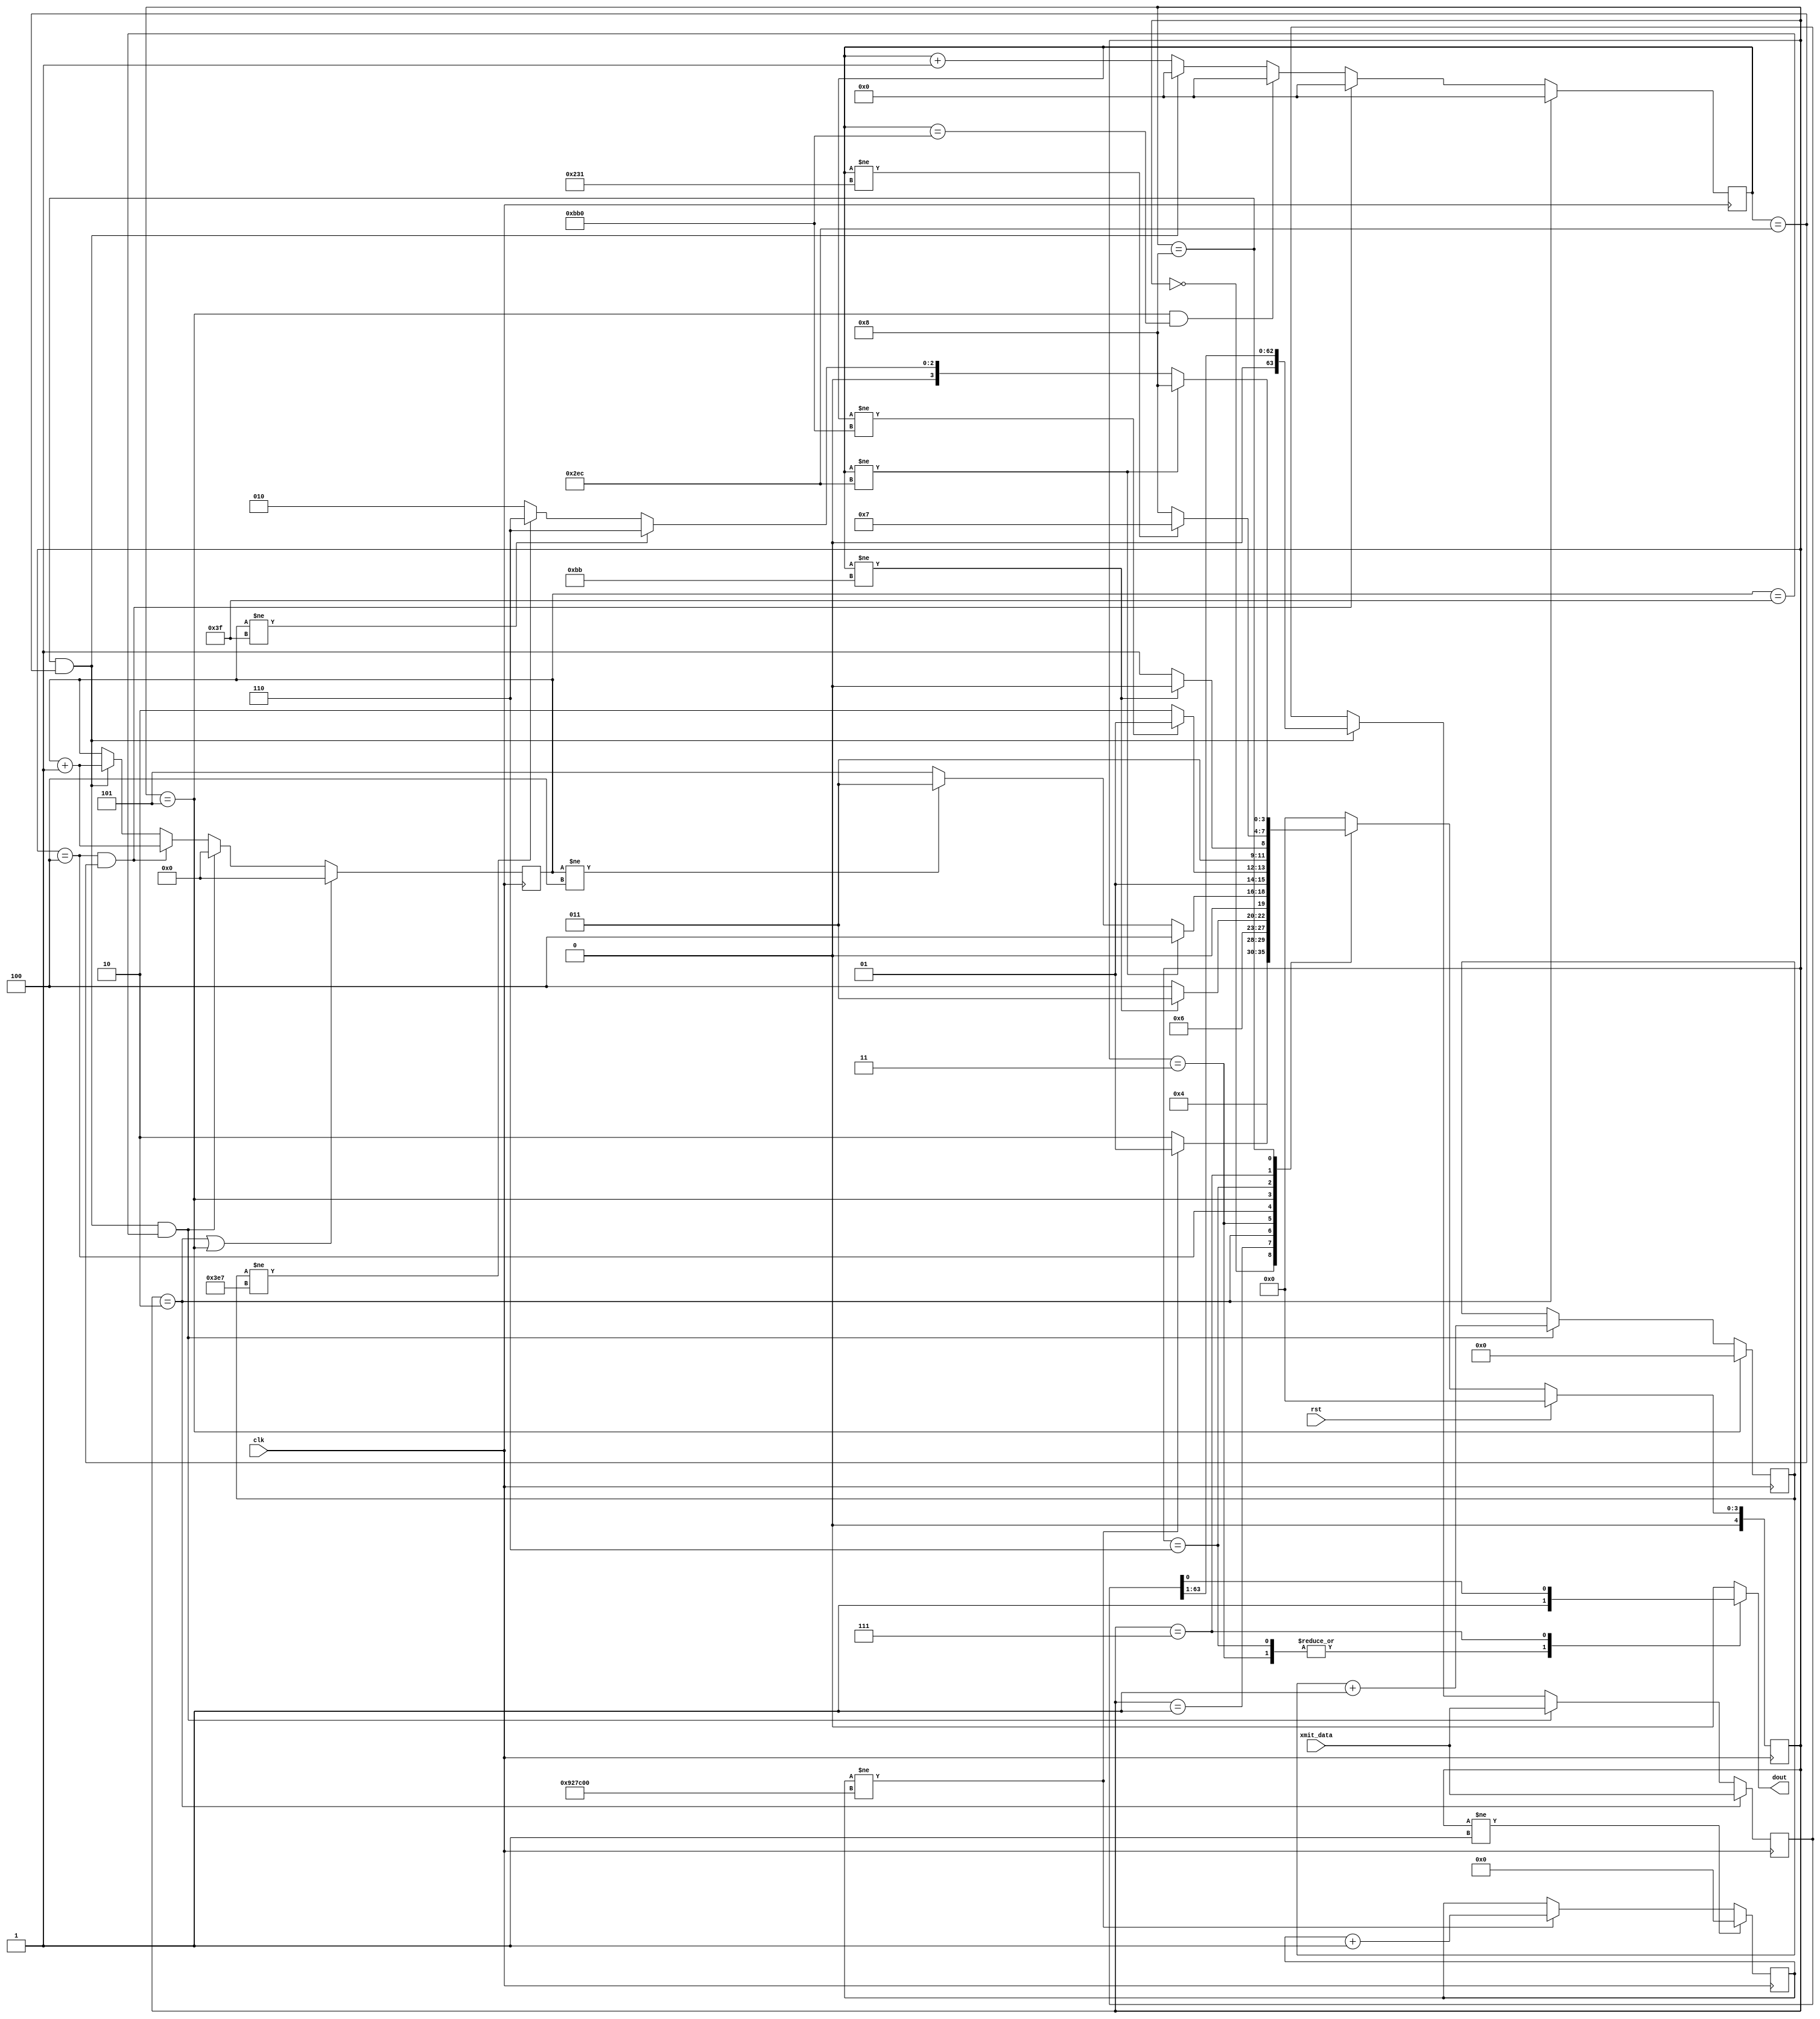
/*
 Simple OneWire data transfers

 Kirk Weedman

 Feb. 29, 2009

 Concept:
   Transfer data across 1 wire between FPGAs

 Method:
    DLY_TIME: time signal held low after reset occurs
    SYNC_BITS: 5 "logic 0's" transmitted once every FRAME_FREQ DATA_BITS
    DATA_BITS: Number of "logic 0" or "logic 1" bits occuring after SYNC_BITS:
    FRAME_FREQ: Number of times DATA_BITS are repeatedly sent before sending SYNC_BITS again, etc..
    FRAME: SYNC_BITS, low on DOUT for more than 4*TB, followed by DATA_BITS repeated FRAME_FREQ times
    TB: Amount of time it takes to transmit a "logic 0" or logic 1"

    After reset, the DOUT signal is held low for DLY_TIME, followed by SYNC_BITS, then followed by
    a low for greater than the length of 4 TB time periods (signaling an auto resync), then
    followed by DATA_BITS which repeat FRAME_FREQ times or until another reset occurs.

                +---+           +
    SYNC_BIT ---+   +---+---+---+  "logic 0"
                |<----- TB ---->|

                +---+---+---+   +
             ---+           +---+  "logic 1"

    To determine of a bit is a logic 0 or 1:
       1. Use a sampling clock at least 8 times faster than 1/TB.
       2. Calculate the number of sampling clocks (N) for one SYNC_BIT by averaging
          the time for all the SYNC_BITS
       3. Divide N by 2 = M
       4. At M sampling clocks after the beginning of a DATA_BIT, sample the signal
          and determine if its a logic 1 or 0

                           +-+     +-+     +-+     +-+     +-+
  DOUT --------------------+ +-+-+-+ +-+-+-+ +-+-+-+ +-+-+-+ +-+-+-+-----------------------------------
       |<---- DLY_TIME---->|<----- 5 "logic 0's" ----------------->|<---low greater than 2 bits of time

       followd by DATA_BITS made of "logic 1's" and/or "logic 0's" which are repeated FRAME_FREQ times

*/
`timescale 1ns/100ps

module onewire_xmit (rst, clk, xmit_data, dout);

parameter CLK_FREQ   = 48000000; // Frequency in Hz of clk
parameter DLY_TIME   = 200;      // dealy time after reset (in milliseconds)
parameter SYNC_BITS  = 5;        // Number of "logic 0" sync bits used by receiver to determine TB
parameter DATA_BITS  = 64;       // Number of data bits (logic 0 or 1) to transmit
parameter FRAME_FREQ = 1000;     // frequency in Hz of each complete DATA_BITs transmission
parameter TPD        = 1.3;

parameter NUM_DLY_CLKS = CLK_FREQ/1000 * DLY_TIME;
//localparam NUM_DLY_CLKS = CLK_FREQ/1000 * DLY_TIME;
localparam XS    = clogb2(DATA_BITS-1);
localparam FS    = clogb2(FRAME_FREQ-1);
localparam DS    = clogb2(NUM_DLY_CLKS-1);
localparam Q1    = CLK_FREQ/FRAME_FREQ/DATA_BITS/4;
localparam Q123  = 3*Q1;
localparam Q1234 = 4*Q1;
localparam LOW_TIME = 4*Q1234;
localparam QS    = clogb2(LOW_TIME-1);

input  wire                 rst;        // reset signal
input  wire                 clk;        // high speed sampling clock
input  wire [DATA_BITS-1:0] xmit_data;
output reg                  dout;

// local registers
reg [4:0] OW_state;
reg [4:0] OW_state_next;

reg        [DS-1:0] dly_cnt;
reg        [QS-1:0] bcnt;
reg [DATA_BITS-1:0] xd;
reg        [XS-1:0] data_cnt;
reg        [FS-1:0] frame_cnt;

localparam OW_IDLE     = 0,
           OW_DLY      = 1,
           OW_FRAME    = 2,
           OW_SYNC_H   = 3,
           OW_SYNC_L   = 4,
           OW_LOW      = 5,
           OW_DATA_Q1  = 6,
           OW_DATA_Q23 = 7,
           OW_DATA_Q4  = 8;

always @(posedge clk)
begin
  if (OW_state != OW_DLY)
    dly_cnt <= #TPD 1'b0;
  else if (dly_cnt != NUM_DLY_CLKS)
    dly_cnt <= #TPD dly_cnt + 1'b1;

  if (OW_state == OW_FRAME)
    bcnt <= #TPD 1'b0;
  else if ((OW_state == OW_SYNC_L) && (bcnt == Q1234))
    bcnt <= #TPD 1'b0;
  else if ((OW_state == OW_LOW) && (bcnt == LOW_TIME))
    bcnt <= #TPD 1'b0;
  else if ((OW_state == OW_DATA_Q4) && (bcnt == Q1234))
    bcnt <= #TPD 1'b0;
  else
    bcnt <= #TPD bcnt + 1'b1;

  if (OW_state == OW_FRAME)
    xd <= #TPD xmit_data;
  else if ((OW_state == OW_DATA_Q4) && (bcnt == Q1234) && (data_cnt == (DATA_BITS-1)))
    xd <= #TPD xmit_data;
  else if ((OW_state == OW_DATA_Q4) && (bcnt == Q1234))
    xd <= #TPD xd >> 1;

  if ((OW_state == OW_FRAME) || (OW_state == OW_LOW))
    data_cnt <= #TPD 1'b0;
  else if ((OW_state == OW_DATA_Q4) && (bcnt == Q1234) && (data_cnt == (DATA_BITS-1)))
    data_cnt <= #TPD 1'b0;
  else if ((OW_state == OW_SYNC_L) && (bcnt == Q1234))
    data_cnt <= #TPD data_cnt + 1'b1;
  else if ((OW_state == OW_DATA_Q4) && (bcnt == Q1234))
    data_cnt <= #TPD data_cnt + 1'b1;

  if (OW_state == OW_LOW)
    frame_cnt <= #TPD 1'b0;
  else if ((OW_state == OW_DATA_Q4) && (bcnt == Q1234) && (data_cnt == (DATA_BITS-1)))
    frame_cnt <= #TPD frame_cnt + 1'b1;

  if (rst)
    OW_state <= #TPD OW_IDLE;
  else
    OW_state <= #TPD OW_state_next;
end


// OneWire state machine
always @*
begin
   case(OW_state)
     OW_IDLE:
     begin
       dout = 1'b0;
       OW_state_next = OW_DLY;  // Wait DLY_TIME before sending FRAMEs
     end

     OW_DLY:
     begin
       dout = 1'b0;
       if (dly_cnt != NUM_DLY_CLKS)
         OW_state_next = OW_DLY;
       else
         OW_state_next = OW_FRAME;  // send a FRAME now
     end

     OW_FRAME:
     begin
       dout = 1'b0;
       OW_state_next = OW_SYNC_H;
     end

     OW_SYNC_H: // high for 1st 1/4 of TB
     begin
       dout = 1'b1;
       if (bcnt != Q1) // 1st quarter of sync bit
         OW_state_next = OW_SYNC_H;
       else
         OW_state_next = OW_SYNC_L;
     end

     OW_SYNC_L: // low for last 3/4 of TB = "logic 0" = our sync signal
     begin
       dout = 1'b0;
        if (bcnt != Q1234) // last 3/4s of sync bit
         OW_state_next = OW_SYNC_L;
       else if (data_cnt != (SYNC_BITS-1))
         OW_state_next = OW_SYNC_H;
       else
         OW_state_next = OW_LOW;
     end

     OW_LOW: // low for 4*TB which signals an auto resync
     begin
       dout = 1'b0;
       if (bcnt != LOW_TIME)
         OW_state_next = OW_LOW;
       else
         OW_state_next = OW_DATA_Q1;
     end

     OW_DATA_Q1: // during 1st quarter of "logic n", dout = 1
     begin
       dout = 1'b1;
        if (bcnt != Q1) // 1st 1/4 of data bit
         OW_state_next = OW_DATA_Q1;
       else
         OW_state_next = OW_DATA_Q23;
     end

     OW_DATA_Q23: // during 2nd & 3rd quarter of "logic n", dout = n
     begin
       dout = xd[0];
       if (bcnt != Q123) // 2nd and 3rd quarter of data bit
         OW_state_next = OW_DATA_Q23;
       else
         OW_state_next = OW_DATA_Q4;
     end

     OW_DATA_Q4: // during last quarter of "logic n", dout = 0
     begin
       dout = 1'b0;
       if (bcnt != Q1234)
         OW_state_next = OW_DATA_Q4;   // haven't finished sending this data bit
       else if (data_cnt != (DATA_BITS-1))
         OW_state_next = OW_DATA_Q1;   // this data bit has finished, but not all the DATA_BITS have been sent
       else if (frame_cnt != (FRAME_FREQ-1))
         OW_state_next = OW_DATA_Q1;   // all the DATA_BITS have been sent, now repeat them FRAME_FREQ times
       else
         OW_state_next = OW_FRAME;     // all the DATA_BITS have been repeated for the frame, now repeat the frame
     end

     default:
     begin
       dout = 1'b0;
       OW_state_next = OW_IDLE;
     end
   endcase
end

function integer clogb2;
input [31:0] depth;
begin
  for(clogb2=0; depth>0; clogb2=clogb2+1)
  depth = depth >> 1;
end
endfunction

endmodule